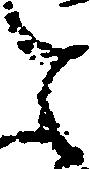
と